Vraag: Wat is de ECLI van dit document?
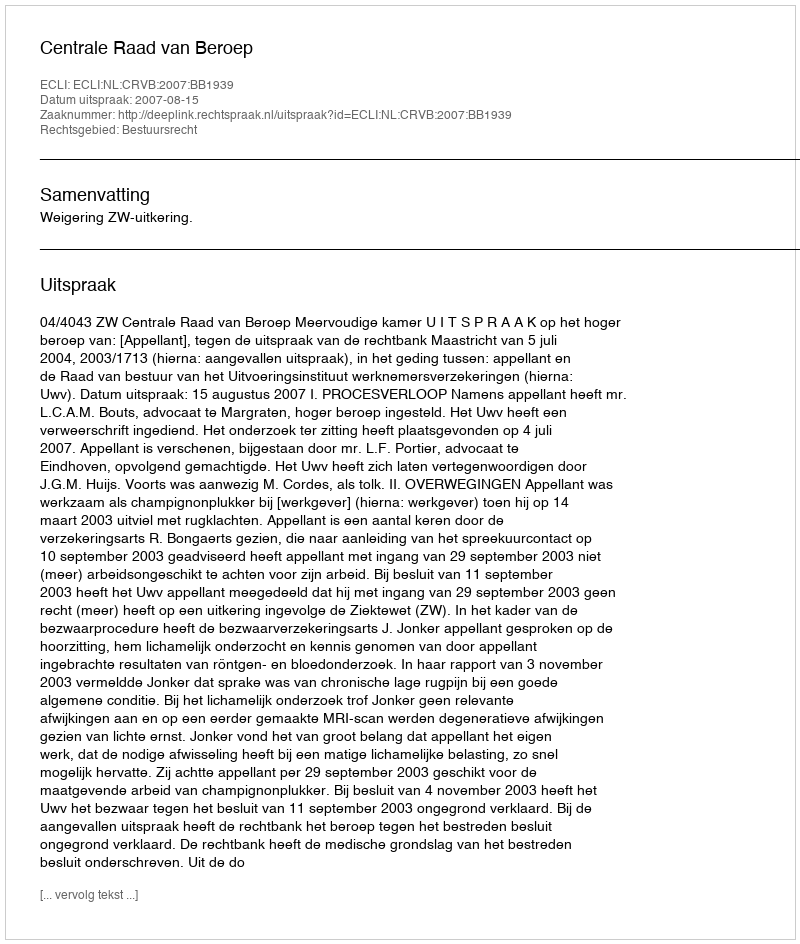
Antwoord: ECLI:NL:CRVB:2007:BB1939